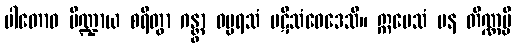
ပါတောဝ ပိဏ္ဍာယ စရိတွာ ဂန္တွာ ဓမ္မရသံ ပဋိသံဝေဒေသိ။ ဣမေသံ ပန တိဏ္ဏမ္ပိ